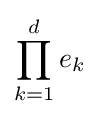
\prod _{k=1}^{d}e_{k}